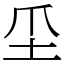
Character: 坕